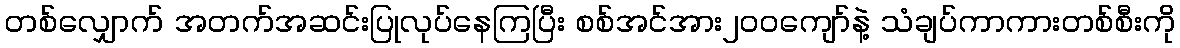
တစ်လျှောက် အတက်အဆင်းပြုလုပ်နေကြပြီး စစ်အင်အား၂၀၀ကျော်နဲ့ သံချပ်ကာကားတစ်စီးကို